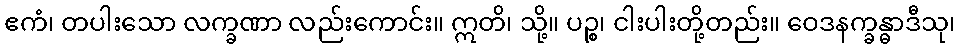
ဧကံ၊ တပါးသော လက္ခဏာ လည်းကောင်း။ ဣတိ၊ သို့။ ပဉ္စ၊ ငါးပါးတို့တည်း။ ဝေဒနက္ခန္ဓာဒီသု၊